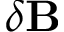
\delta \mathbf { B }